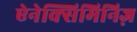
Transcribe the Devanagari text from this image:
ऐनेक्सिमिनिज़